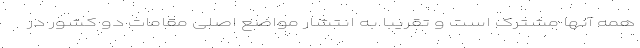
همه آنها مشترک است و تقریبا به انتشار مواضع اصلی مقامات دو کشور در